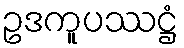
ဥဒကူပဿဋ္ဌံ